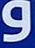
و